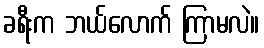
ခရီးက ဘယ်လောက် ကြာမလဲ။